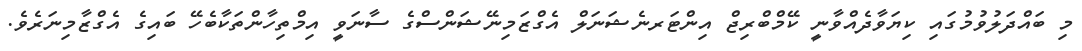
މި ބައްދަލުވުމުގައި ކިޔަވާދެއްވާނީ ކޭމްބްރިޖް އިންޓަރނެޝަނަލް އެގްޒަމިނޭޝަންސްގެ ސާނަވީ އިމްތިހާންތަކާބެހޭ ބައިގެ އެގްޒާމިނަރެވެ.